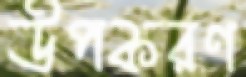
উপকরণ